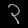
Digit: ၃